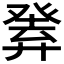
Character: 𤼴